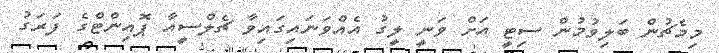
މިމެޗުން ބަލިވުމުން ސިޓީ އަށް ވަނީ ލީގު އެއްވަނައިގައިވާ ޗެލްސީއާ ޕޮއިންޓްގެ ފަރަގު